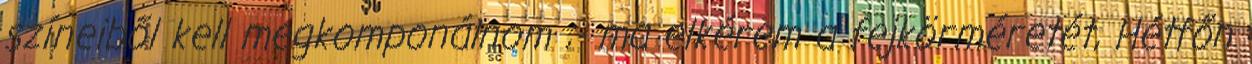
színeiből kell megkomponálnom ;- ma elkérem a fejkörméretét, Hétfőn